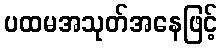
ပထမအသုတ်အနေဖြင့်